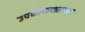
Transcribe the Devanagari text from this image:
उपकोषागारासाठी